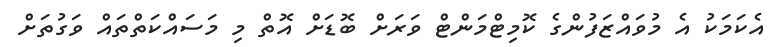
އެކަމަކު އެ މުވައްޒަފުންގެ ކޮމިޓްމަންޓް ވަރަށް ބޮޑަށް އޮތް މި މަސައްކަތްތައް ވަގުތަށް